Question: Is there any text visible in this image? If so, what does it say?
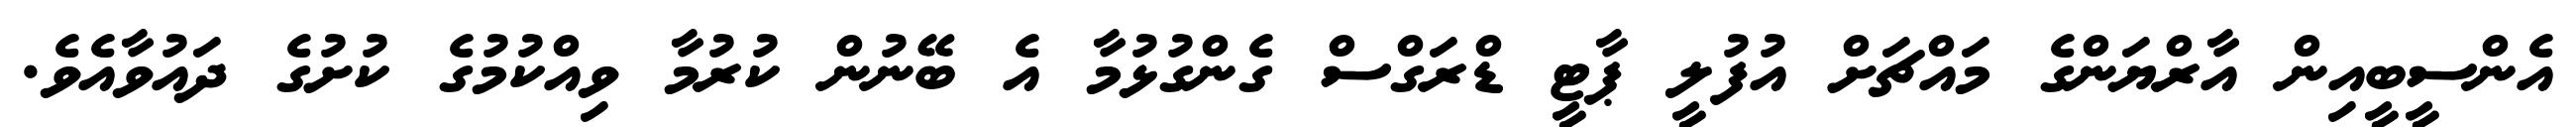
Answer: އެންސީބީއިން އާރްޔަންގެ މައްޗަށް އުފުލީ ޕާޓީ ޑްރަގްސް ގެންގުޅުމާ އެ ބޭނުން ކުރުމާ ވިއްކުމުގެ ކުށުގެ ދައުވާއެވެ.